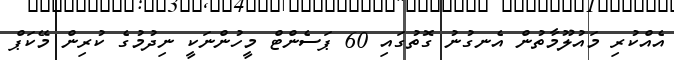
އެއްކުރި މައުލޫމާތުން އެނގުނު ގޮތުގައި 60 ޕަސެންޓް މީހުންނަކީ ނިދުމުގެ ކުރިން މޭކަޕް